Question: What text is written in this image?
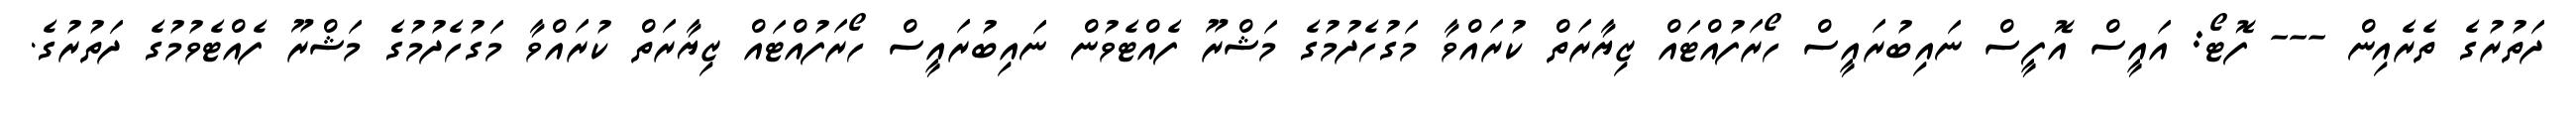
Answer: ދަތުރުގެ ތެރެއިން --- ފޮޓޯ: އައީސް އޮފީސް ނައިބުރައީސް ހޯރަފުއްޓައް ޒިޔާރަތް ކުރައްވާ މަގުހެދުމުގެ މަޝްރޫ ފެއްޓެވުން ނައިބުރައީސް ހޯރަފުއްޓައް ޒިޔާރަތް ކުރައްވާ މަގުހެދުމުގެ މަޝްރޫ ފެއްޓެވުމުގެ ދަތުރުގެ.